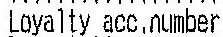
LOYALTY ACC.NUMBER